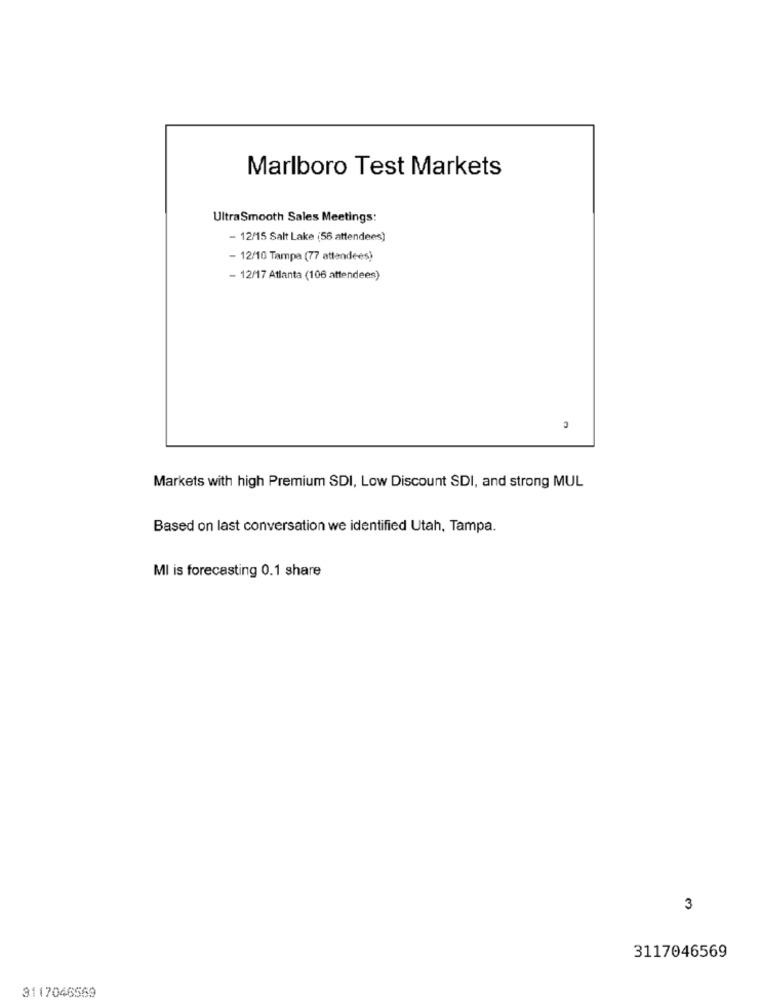
Marlboro Test Markets
UltraSmooth Sales Meetings:
- 12/15 Salt Lake (56 attendees)
- 12/10 Tampa (77 attendees)
- 12/17 Atlanta (106 attendees)
Markets with high Premium SDI, Low Discount SDI, and strong MUL
Based on last conversation we identified Utah, Tampa.
MI is forecasting 0.1 share
3
3117046569
3117046569